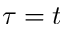
\tau = t